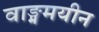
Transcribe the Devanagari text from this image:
वाङ्ममयीन